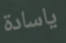
ياسادة